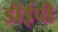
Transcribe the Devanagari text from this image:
डीईपी